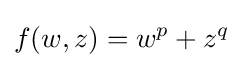
f(w,z)=w^{p}+z^{q}